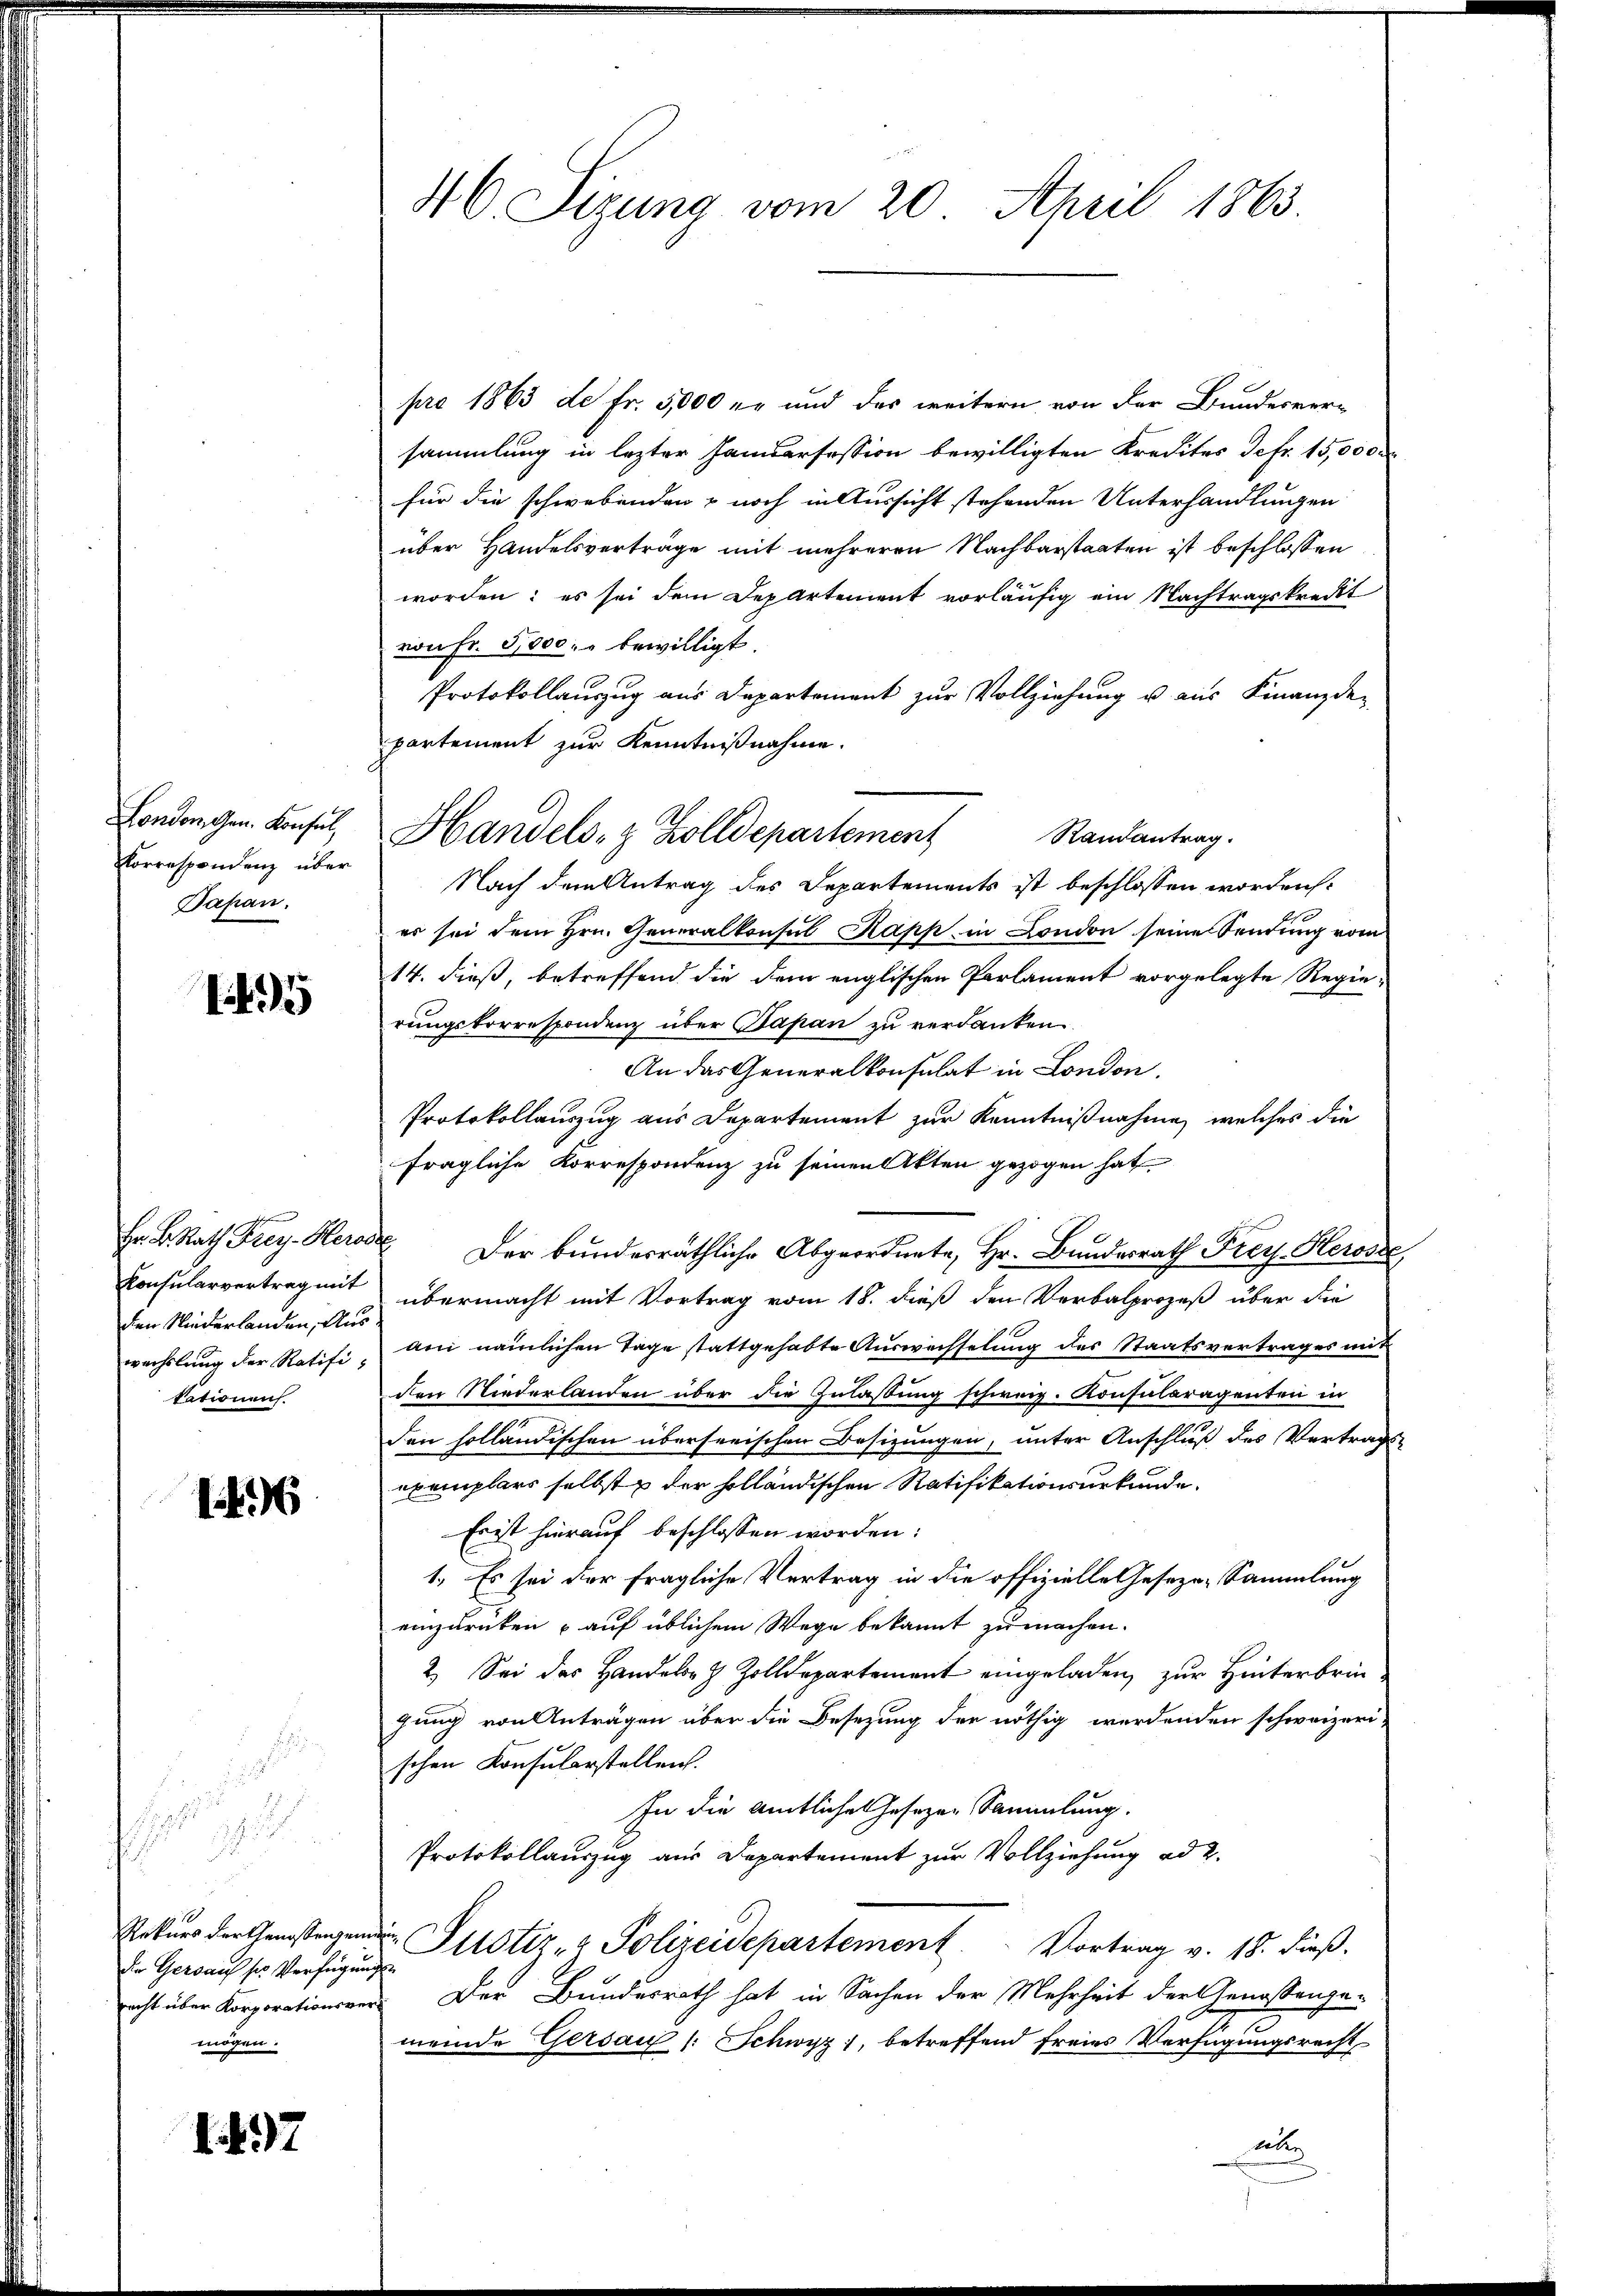
ondon. Gen. Konsul
Korrespondenz über
Bapan.

195

den Niederlanden, Auskationen.

146

2

2
.
Die Gersauf ses Verfügung
mögen.

1. 497

46. Sizung vom 20. April 1863.

pro 1863 de Fr. 5,000 er und das weitern, von der Bundesversammlung in lezter Handersession bewilligten Kredites Defr. 15,000
für die schwebenden & noch in Aussicht stehenden Unterhandlungen
über Handelsverträge mit mehreren Nachbarstaaten ist beschlossen
worden; es sei dem Departement vorläufig ein Nachtragskreist
von Fr. 51000. r bewilligt.
Protokollauszug aus Departement zur Vollziehung u. aus Finanzde-
partement zur Kenntnißnahme.
Nach dem Antrag des Departements ist beschlossen worden:
es sei dem Hrn. Generalkonsul Kapp in London seines Sendung vom
14. dieß, betreffend die dem englischen Parlament vorgelegte Regierungskorrespondenz über Papan zu verdanken.
An das Generalkonsulat in London.
Protokollauszug aus Departement zur Kenntnißnahme, welches die
fragliche Korrespondenz zu seinen Akten gezogen hat
Hr. B. Rath Frey. Herode der bunderräthliche Abgeordnete, Hr. Bundesrath Frey. Herosse
Konsularvertrag mit übermacht mit Vortrag vom 18. dieß den Verbalprozeß über die
wechslung der Ratifi - am nämlichen Tage stattgehabte Aŭswechselŭng des Staatsvertrages mit
den Niederlanden über die Zulassung schweiz. Konsularagenten in
den holländischen überseeischen Besizungen, unter Anschluß des Vertrags-
exemplars selbst der holländischen Ratifikationsurkunde
Erist hierauf beschlossen worden:
1. Es sei der fragliche Vertrag in die offizielle Gesezes-Sammlung
einzurücken auf üblichem Wege bekannt zu machen.
2. Sei des Handeler & Zolldepartement eingeladen, zur Hinterbrin
gung von Anträgen über die Besetzung der nöthig werdenden schweizeri-
schen Konsularstellen.
In die Amtliche Gesezen Sammlung.
Protokollauszug aus Departement zur Vollziehung ad 2.
Rekurs der testangen Potiz & Polizeidepartement.           Vortrag v. 18. dieß.
recht über Korporationsver- Der Bundesrath hat in Sachen der Mehrheit der Genossenge-
meinde Gersau (: Schwyz, betreffend freies Verfügungsrecht
aber

Randantrag.
Handels- & Zolldepartement